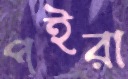
পইরা